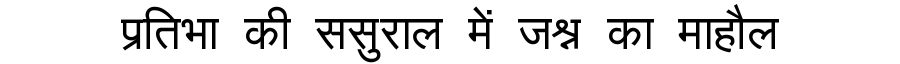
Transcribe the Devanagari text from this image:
प्रतिभा की ससुराल में जश्न का माहौल